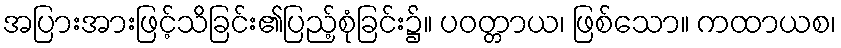
အပြားအားဖြင့်သိခြင်း၏ပြည့်စုံခြင်း၌။ ပဝတ္တာယ၊ ဖြစ်သော။ ကထာယစ၊